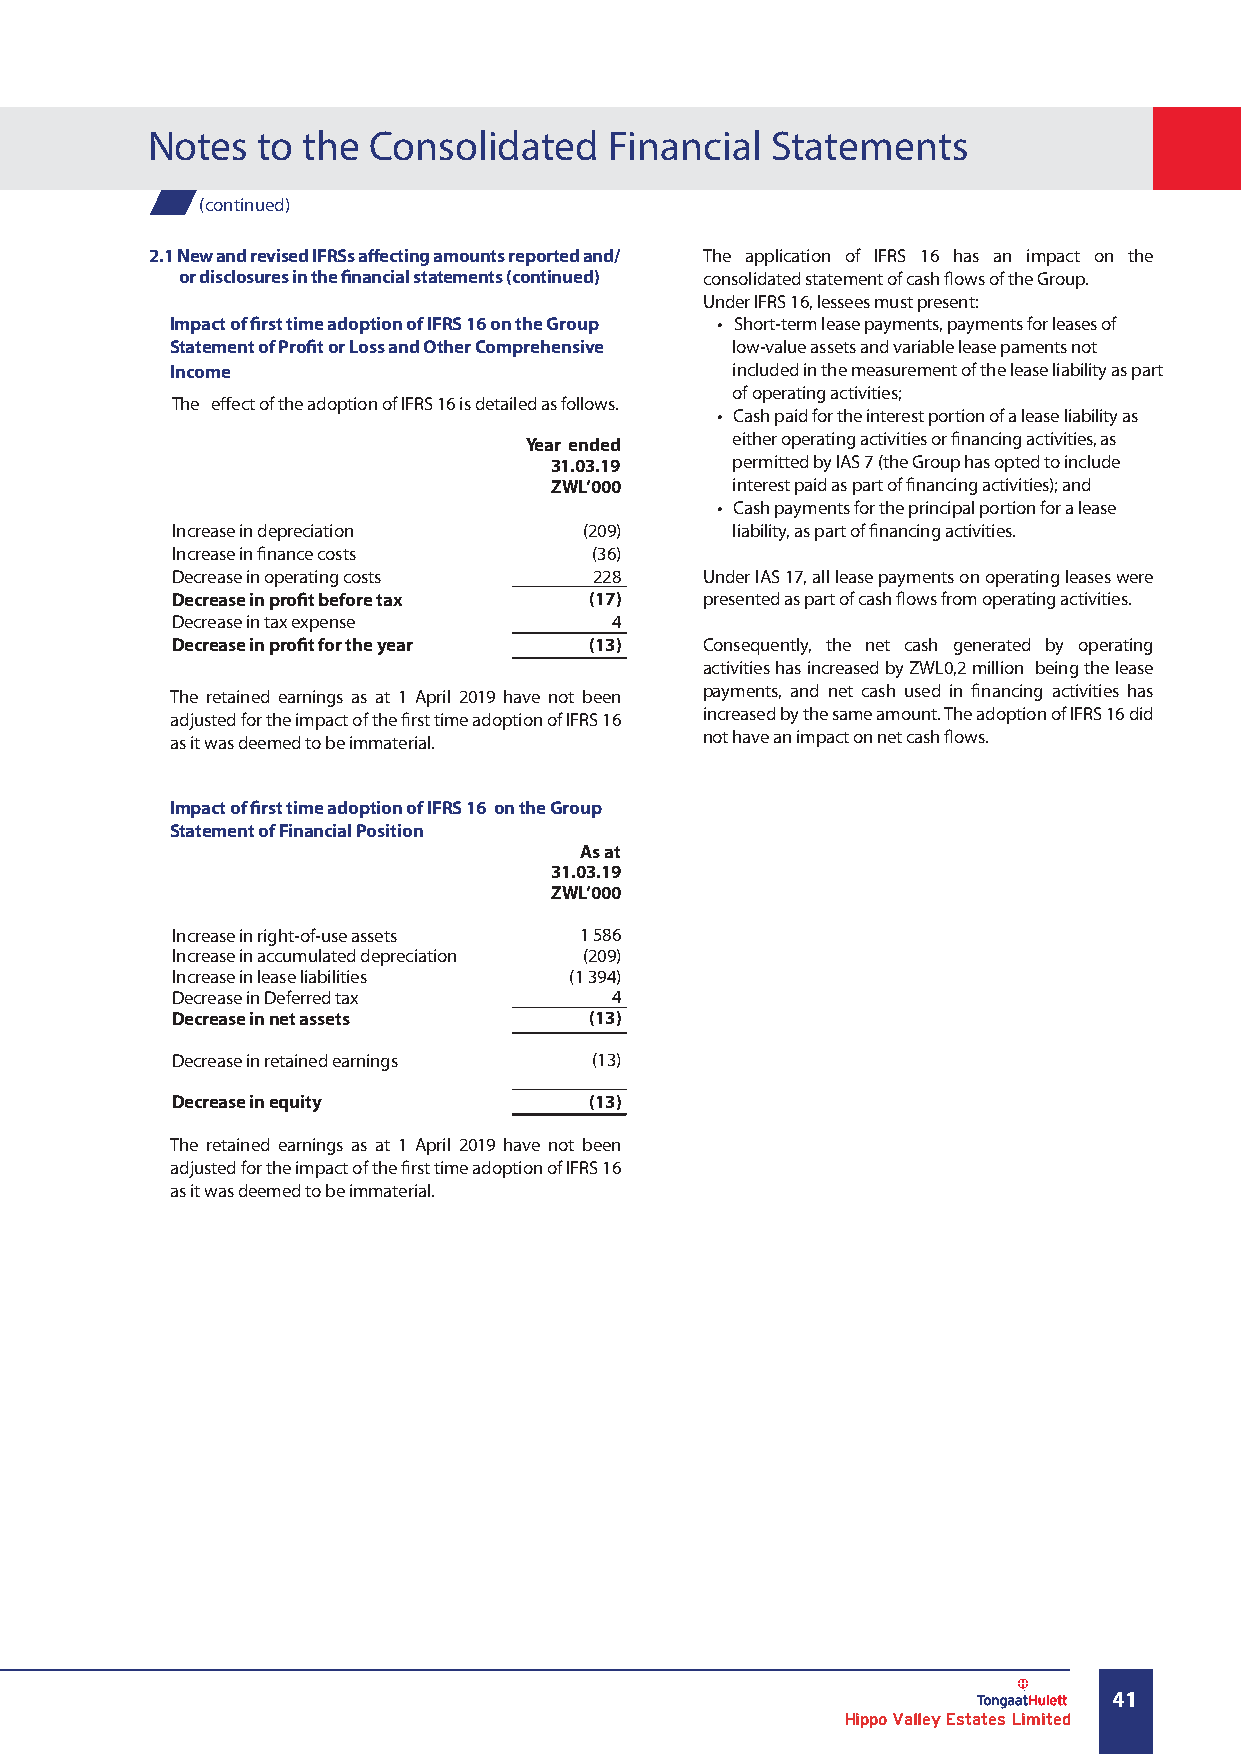
Notes  to the Consolidated    Financial  Statements
 (continued)
 2.1 New and revised IFRSs affecting amounts reported and/ The application of IFRS 16 has an impact on the
 or disclosures in the financial statements (continued) consolidated statement of cash flows of the Group.
 Under IFRS 16, lessees must present:
 Impact of first time adoption of IFRS 16 on the Group • Short-term lease payments, payments for leases of
 Statement of Profit or Loss and Other Comprehensive low-value assets and variable lease paments not
 Income                               included in the measurement of the lease liability as part
 of operating activities;
 The effect of the adoption of IFRS 16 is detailed as follows.
 • Cash paid for the interest portion of a lease liability as
 either operating activities or financing activities, as
 Year ended
 31.03.19    permitted by IAS 7 (the Group has opted to include
 ZWL’000     interest paid as part of financing activities); and
 • Cash payments for the principal portion for a lease
 Increase in depreciation    (209)    liability, as part of financing activities.
 Increase in finance costs   (36)
 Decrease in operating costs 228    Under IAS 17, all lease payments on operating leases were
 Decrease in profit before tax (17) presented as part of cash flows from operating activities.
 Decrease in tax expense      4
 Decrease in profit for the year (13) Consequently, the net cash generated by operating
 activities has increased by ZWL0,2 million being the lease
 payments, and net cash used in financing activities has
 The retained earnings as at 1 April 2019 have not been
 increased by the same amount. The adoption of IFRS 16 did
 adjusted for the impact of the first time adoption of IFRS 16
 not have an impact on net cash flows.
 as it was deemed to be immaterial.
 Impact of first time adoption of IFRS 16 on the Group
 Statement of Financial Position
 As at
 31.03.19
 ZWL’000
 Increase in right-of-use assets 1 586
 Increase in accumulated depreciation (209)
 Increase in lease liabilities (1 394)
 Decrease in Deferred tax     4
 Decrease in net assets      (13)
 Decrease in retained earnings (13)
 Decrease in equity          (13)
 The retained earnings as at 1 April 2019 have not been
 adjusted for the impact of the first time adoption of IFRS 16
 as it was deemed to be immaterial.
 41
 Hippo Valley Estates Limited